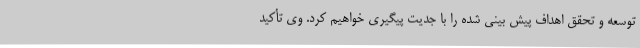
توسعه و تحقق اهداف پیش بینی شده را با جدیت پیگیری خواهیم کرد. وی تأکید